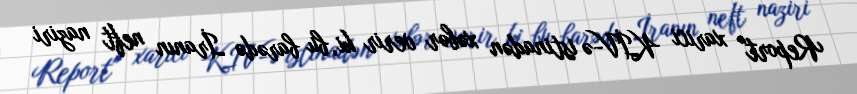
Report" xarici KİV-ə istinadən xəbər verir ki, bu barədə İranın neft naziri